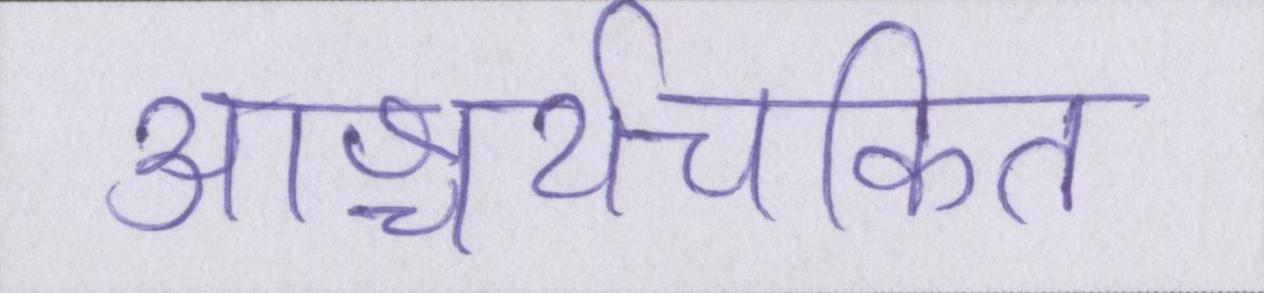
आश्चर्यचकित